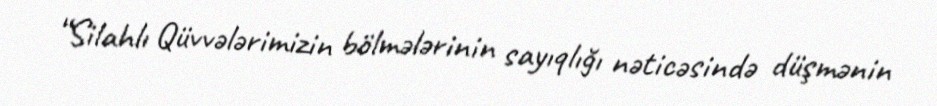
“Silahlı Qüvvələrimizin bölmələrinin sayıqlığı nəticəsində düşmənin